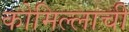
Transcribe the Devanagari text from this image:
कोमिल्लाची